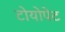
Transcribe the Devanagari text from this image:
टोयोपेट